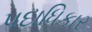
પદાધિકાર